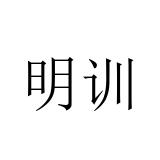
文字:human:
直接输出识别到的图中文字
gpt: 明训